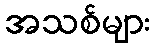
အသစ်များ